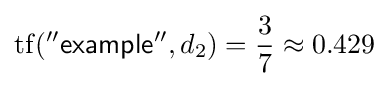
\mathrm {tf} ({\mathsf {''example''}},d_{2})={\frac {3}{7}}\approx 0.429